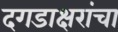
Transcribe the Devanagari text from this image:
दगडाक्षरांचा